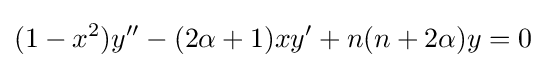
(1-x^{2})y''-(2\alpha +1)xy'+n(n+2\alpha )y=0